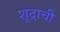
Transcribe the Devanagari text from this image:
शूद्राची